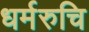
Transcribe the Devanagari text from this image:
धर्मरुचि